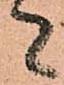
者